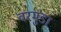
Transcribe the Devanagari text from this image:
वरमुंडा